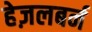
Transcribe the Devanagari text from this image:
हेज़लबर्न